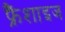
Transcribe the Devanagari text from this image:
फ्रैंशाइज